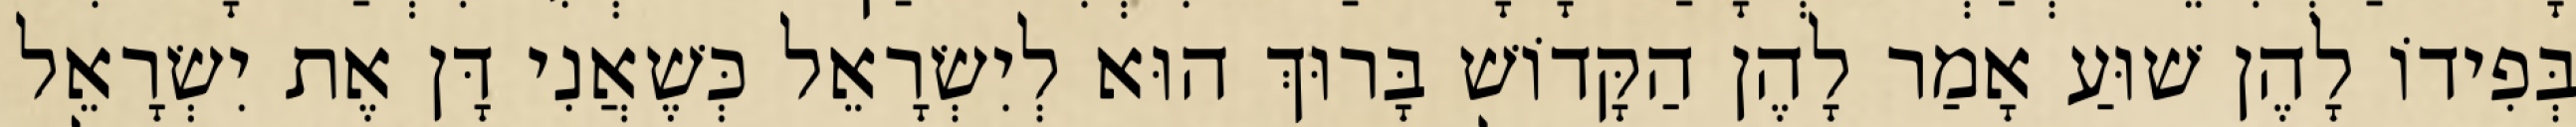
בְּפִידוֹ לָהֶן שׁוּעַ אָמַר לָהֶן הַקָּדוֹשׁ בָּרוּךְ הוּא לְיִשְׂרָאֵל כְּשֶׁאֲנִי דָּן אֶת יִשְׂרָאֵל